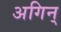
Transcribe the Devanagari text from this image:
अगिन्